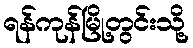
ရန်ကုန်မြို့တွင်းသို့